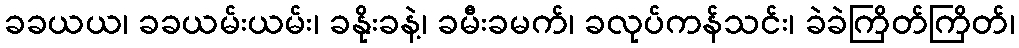
ခခယယ၊ ခခယမ်းယမ်း၊ ခနိုးခနဲ့၊ ခမီးခမက်၊ ခလုပ်ကန်သင်း၊ ခဲခဲကြိတ်ကြိတ်၊